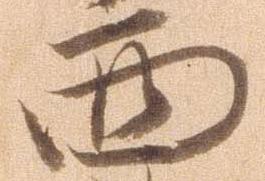
西